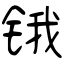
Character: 锇